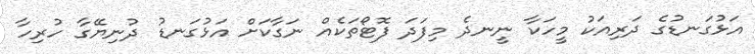
އަޅުގަނޑުގެ ދަރިއަކު މީހަކާ ނީނދެ މިފަދަ ފޮޓޯތަކެއް ނަގާކަށް އަޅުގަނޑު ދުނިޔޭގާ ހުރިހާ